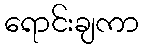
ရောင်းချကာ